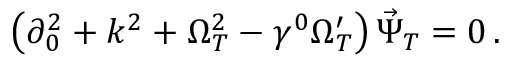
\left( \partial _ { 0 } ^ { 2 } + k ^ { 2 } + \Omega _ { T } ^ { 2 } - \gamma ^ { 0 } \Omega _ { T } ^ { \prime } \right) \vec { \Psi } _ { T } = 0 \, .